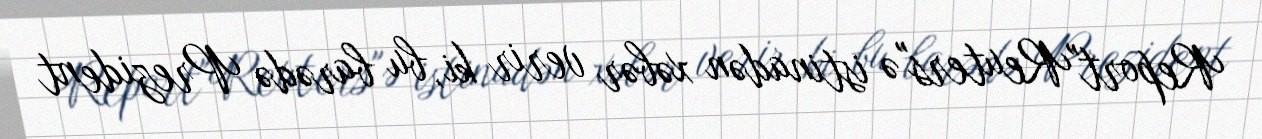
Report"Reuters"ə istinadən xəbər verir ki, bu barədə Prezident